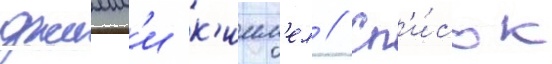
джимм'и к'имм'ел // Сп'и́сок